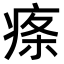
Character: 𤶫